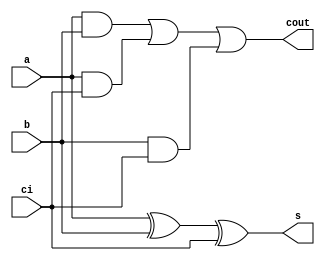
`timescale 1ns / 1ps
//////////////////////////////////////////////////////////////////////////////////
// Company: 
// Engineer: 
// 
// Design Name: 
// Module Name: fulladd_s
// Project Name: 
// Target Devices: 
// Tool Versions: 
// Description: 
// 
// Dependencies: 
// 
// Revision:
// Revision 0.01 - File Created
// Additional Comments:
// 
//////////////////////////////////////////////////////////////////////////////////


module fulladd_s(
    input a,b,ci,
    output s,cout
    );
wire t1,t2,t3;
xor w1(s,a,b,ci);
and w2(t1,a,b);
and w3(t2,a,ci);
and w4(t3,b,ci);
or w5(cout,t1,t2,t3);    
endmodule